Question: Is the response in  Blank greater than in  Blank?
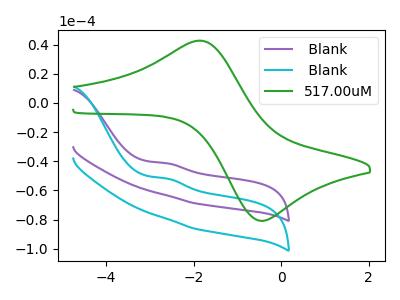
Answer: <think>The purple curve " Blank" has an anodic peak at: (-2.60V, -41.35uA). The cyan curve " Blank" has an anodic peak at: (-2.60V, -51.80uA). The green curve "517.00uM" has an anodic peak at (-1.85V, 42.70uA) and a cathodic peak at (-0.40V, -80.85uA).
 All the peaks in " Blank" have a peak in " Blank" at the same potential. Every peak in " Blank" is higher than every peak in " Blank".</think>
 <answer>" Blank" has more signal than " Blank".</answer>
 <eval>more_signal</eval>